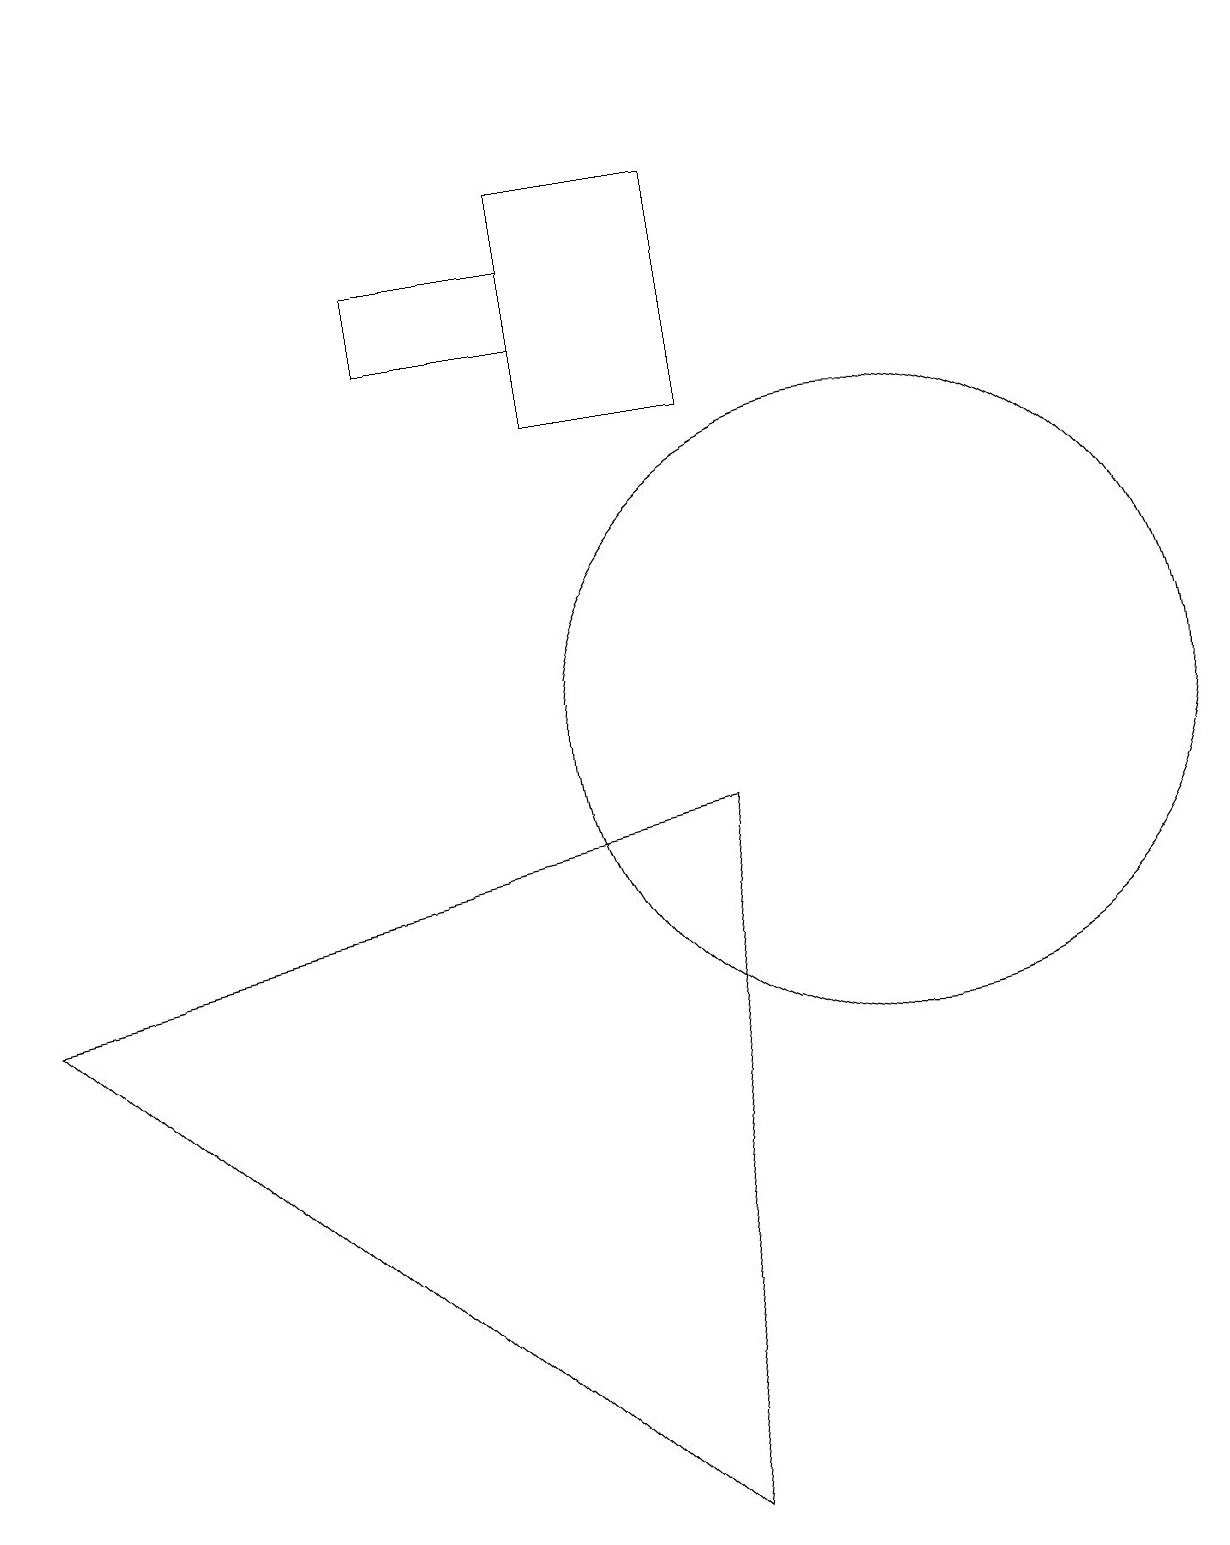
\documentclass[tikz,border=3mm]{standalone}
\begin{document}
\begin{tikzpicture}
\draw (11,10) circle (4);
\draw (0,7) -- (9,9) -- (8,0) -- cycle;
\draw (7,16) rectangle (5,15);
\draw (0,19) rectangle (0,16);
\draw (9,17) rectangle (7,14);
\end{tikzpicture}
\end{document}